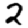
Digit: 2